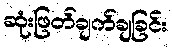
ဆုံးဖြတ်ချက်ချခြင်း